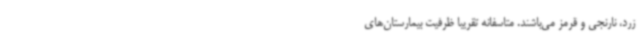
زرد، نارنجی و قرمز می‌باشند. متاسفانه تقریبا ظرفیت بیمارستان‌های